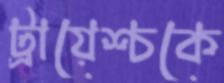
ট্রায়েশ্চকে